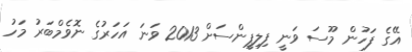
އޭގެ ފަހުން މޫސަ ވަނީ ފިލިޕީންސަށް 2013 ވަނަ އަހަރުގެ ނޮވެމްބަރު މަހު